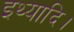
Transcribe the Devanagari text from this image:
इथ्यादि।